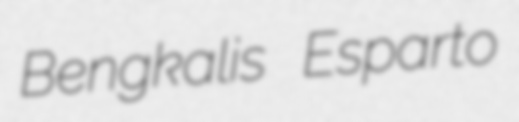
Bengkalis Esparto